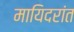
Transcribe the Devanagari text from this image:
मायिदरांत